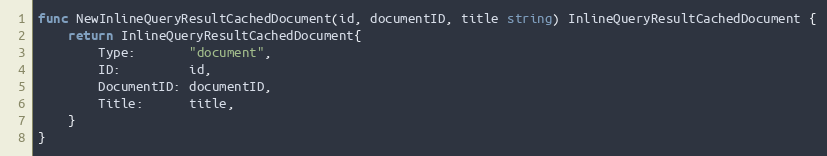
Language: Go
func NewInlineQueryResultCachedDocument(id, documentID, title string) InlineQueryResultCachedDocument {
	return InlineQueryResultCachedDocument{
		Type:       "document",
		ID:         id,
		DocumentID: documentID,
		Title:      title,
	}
}